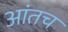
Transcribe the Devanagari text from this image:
आंतच